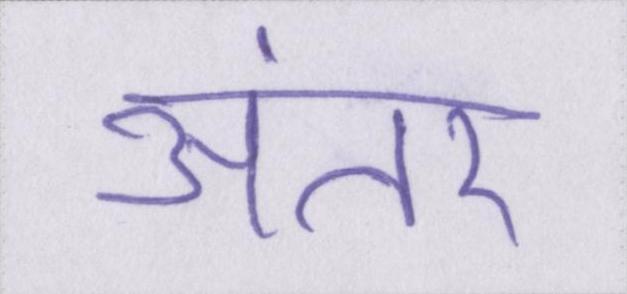
अंतर